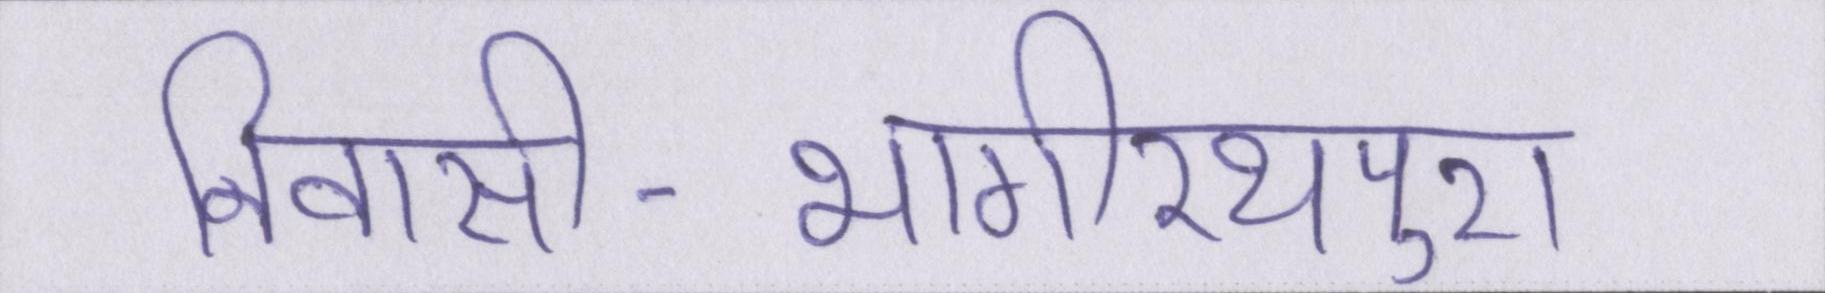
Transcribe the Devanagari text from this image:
निवासी-भागीरथपुरा